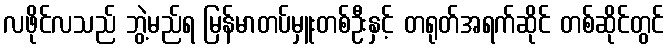
လဖိုင်လသည် ဘွဲ့မည်ရ မြန်မာတပ်မှူးတစ်ဦးနှင့် တရုတ်အရက်ဆိုင် တစ်ဆိုင်တွင်